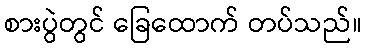
စားပွဲတွင် ခြေထောက် တပ်သည်။